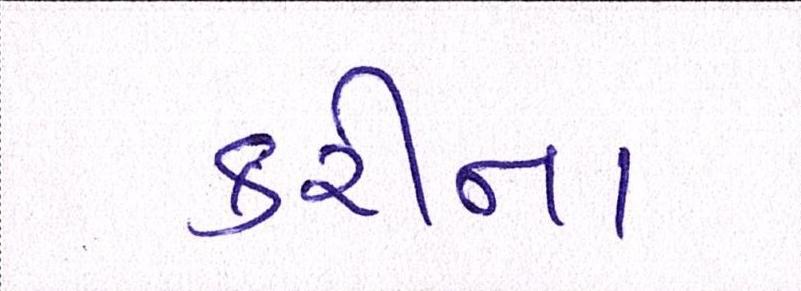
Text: કરીના